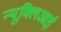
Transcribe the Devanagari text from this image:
न्यूक्लिआई